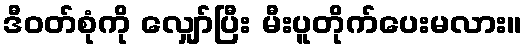
ဒီဝတ်စုံကို လျှော်ပြီး မီးပူတိုက်ပေးမလား။